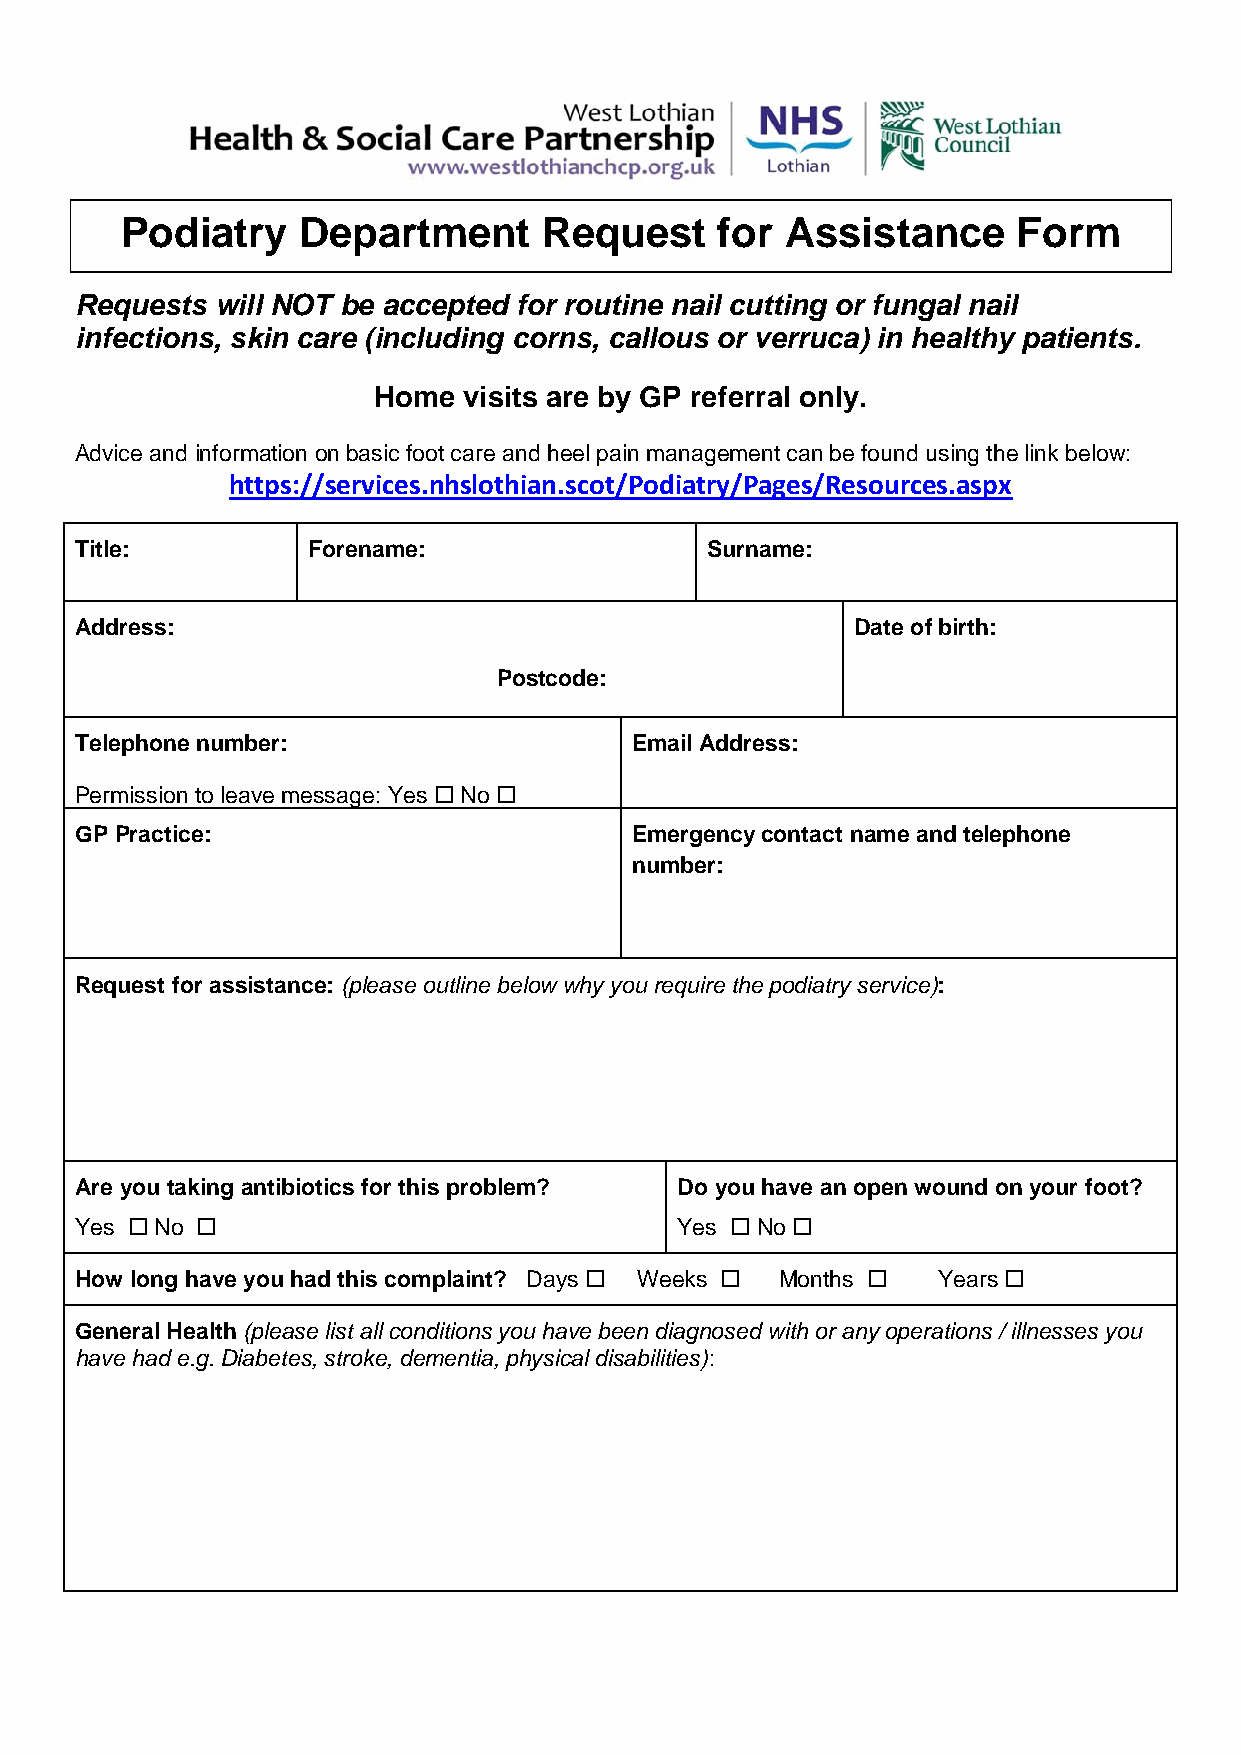
Podiatry    Department      Request     for Assistance     Form
 Requests will NOT be accepted for routine nail cutting or fungal nail
 infections, skin care (including corns, callous or verruca) in healthy patients.
 Home  visits are by GP referral only.
 Advice and information on basic foot care and heel pain management can be found using the link below:
 https://services.nhslothian.scot/Podiatry/Pages/Resources.aspx
 Title:         Forename:                  Surname:
 Address:                                            Date of birth:
 Postcode:
 Telephone number:                    Email Address:
 Permission to leave message: Yes  No 
 GP Practice:                         Emergency contact name and telephone
 number:
 Request for assistance: (please outline below why you require the podiatry service):
 Are you taking antibiotics for this problem? Do you have an open wound on your foot?
 Yes  No                               Yes  No 
 How long have you had this complaint? Days  Weeks  Months  Years 
 General Health (please list all conditions you have been diagnosed with or any operations / illnesses you
 have had e.g. Diabetes, stroke, dementia, physical disabilities):